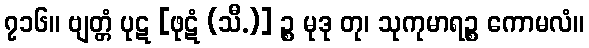
၇၁၆။ ဗျတ္တံ ပုဋ [ဖုဋံ (သီ.)] ဉ္စ မုဒု တု၊ သုကုမာရဉ္စ ကောမလံ။